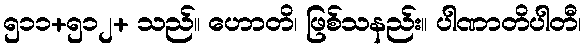
၅၁၁+၅၁၂+ သည်။ ဟောတိ၊ ဖြစ်သနည်း။ ပါဏာတိပါတီ၊